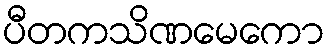
ပီတကသိဏမေကော